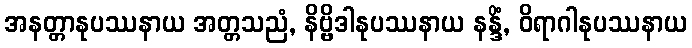
အနတ္တာနုပဿနာယ အတ္တသညံ, နိဗ္ဗိဒါနုပဿနာယ နန္ဒိံ, ဝိရာဂါနုပဿနာယ